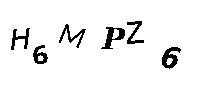
H6MPZ6